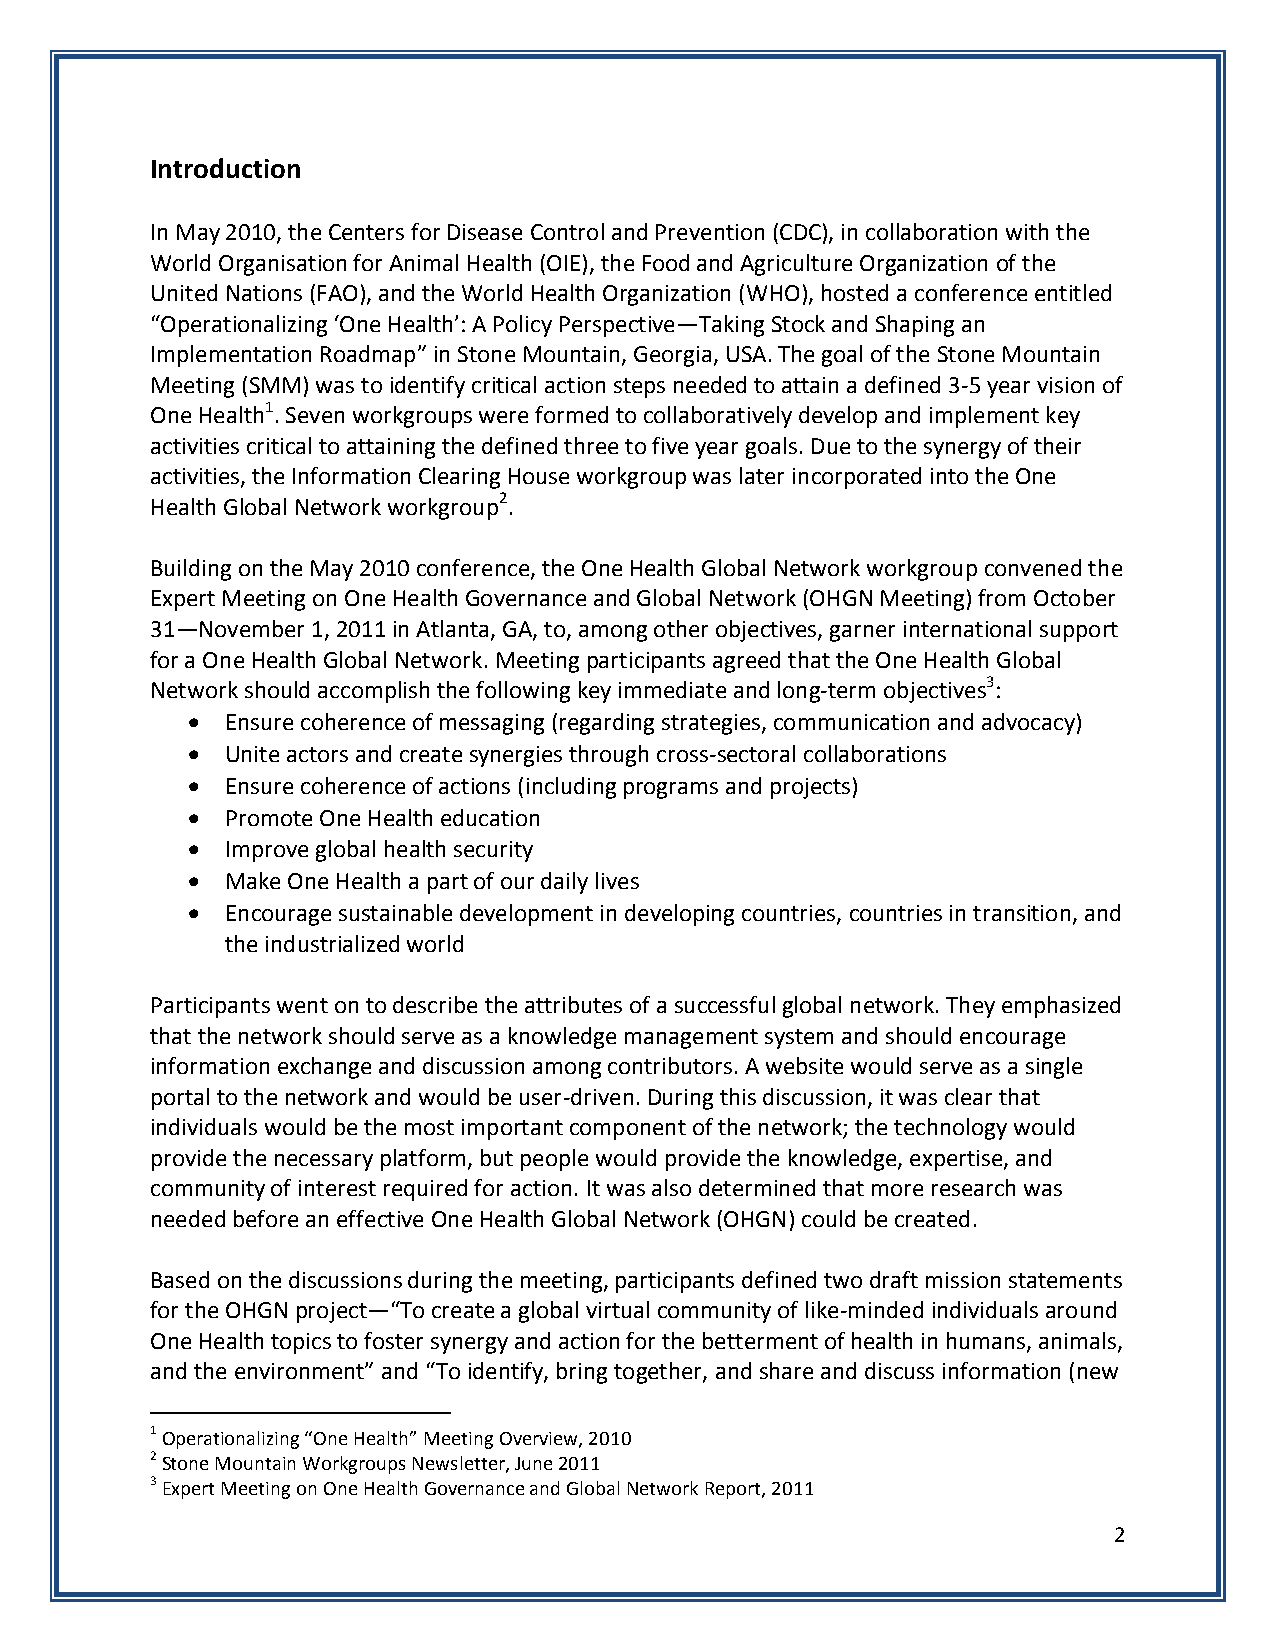
Introduction
 In May 2010, the Centers for Disease Control and Prevention (CDC), in collaboration with the
 World Organisation for Animal Health (OIE), the Food and Agriculture Organization of the
 United Nations (FAO), and the World Health Organization (WHO), hosted a conference entitled
 “Operationalizing ‘One Health’: A Policy Perspective—Taking Stock and Shaping an
 Implementation Roadmap” in Stone Mountain, Georgia, USA. The goal of the Stone Mountain
 Meeting (SMM) was to identify critical action steps needed to attain a defined 3-5 year vision of
 One Health1. Seven workgroups were formed to collaboratively develop and implement key
 activities critical to attaining the defined three to five year goals. Due to the synergy of their
 activities, the Information Clearing House workgroup was later incorporated into the One
 Health Global Network workgroup2.
 Building on the May 2010 conference, the One Health Global Network workgroup convened the
 Expert Meeting on One Health Governance and Global Network (OHGN Meeting) from October
 31—November 1, 2011 in Atlanta, GA, to, among other objectives, garner international support
 for a One Health Global Network. Meeting participants agreed that the One Health Global
 Network should accomplish the following key immediate and long-term objectives3:
   Ensure coherence of messaging (regarding strategies, communication and advocacy)
   Unite actors and create synergies through cross-sectoral collaborations
   Ensure coherence of actions (including programs and projects)
   Promote One Health education
   Improve global health security
   Make One Health a part of our daily lives
   Encourage sustainable development in developing countries, countries in transition, and
 the industrialized world
 Participants went on to describe the attributes of a successful global network. They emphasized
 that the network should serve as a knowledge management system and should encourage
 information exchange and discussion among contributors. A website would serve as a single
 portal to the network and would be user-driven. During this discussion, it was clear that
 individuals would be the most important component of the network; the technology would
 provide the necessary platform, but people would provide the knowledge, expertise, and
 community of interest required for action. It was also determined that more research was
 needed before an effective One Health Global Network (OHGN) could be created.
 Based on the discussions during the meeting, participants defined two draft mission statements
 for the OHGN project—“To create a global virtual community of like-minded individuals around
 One Health topics to foster synergy and action for the betterment of health in humans, animals,
 and the environment” and “To identify, bring together, and share and discuss information (new
 1 Operationalizing “One Health” Meeting Overview, 2010
 2 Stone Mountain Workgroups Newsletter, June 2011
 3 Expert Meeting on One Health Governance and Global Network Report, 2011
 2